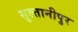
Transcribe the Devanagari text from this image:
सुल्तानीपुर